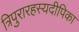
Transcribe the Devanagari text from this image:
त्रिपुरारहस्यदीपिका